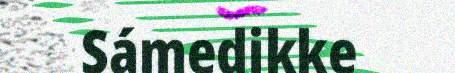
Sámedikke